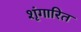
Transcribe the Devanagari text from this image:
शृंगारित